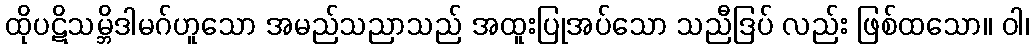
ထိုပဋိသမ္ဘိဒါမဂ်ဟူသော အမည်သညာသည် အထူးပြုအပ်သော သညီဒြပ် လည်း ဖြစ်ထသော။ ဝါ၊